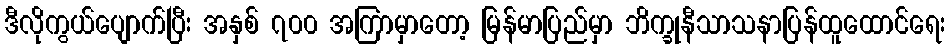
ဒီလိုကွယ်ပျောက်ပြီး အနှစ် ၇၀၀ အကြာမှာတော့ မြန်မာပြည်မှာ ဘိက္ခုနီသာသနာပြန်ထူထောင်ရေး